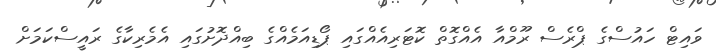
ވައިޓް ހައުސްގެ ޕްރެސް ރޫމްއާ އެއްގޮތް ކޮޓަރިއެއްގައި ޕޯޑިއަމެއްގެ ބިއްދޮށުގައި އެމެރިކާގެ ރައީސްކަމަށް